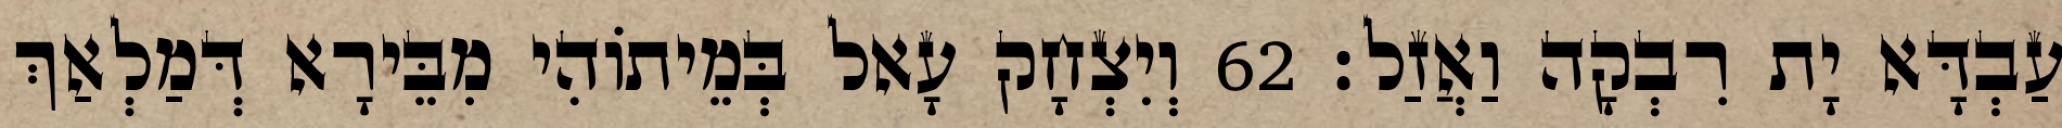
עַבְדָּא יָת רִבְקָה וַאֲזַל׃ 62 וְיִצְחָק עָאל בְּמֵיתוֹהִי מִבֵּירָא דְּמַלְאַךְ